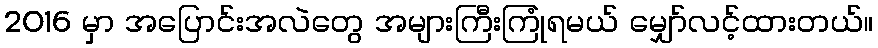
2016 မှာ အပြောင်းအလဲတွေ အများကြီးကြုံရမယ် မျှော်လင့်ထားတယ်။